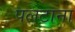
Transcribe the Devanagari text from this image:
पलटाना